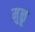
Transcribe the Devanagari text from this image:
मुळू